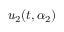
u _ { 2 } ( t , \alpha _ { 2 } )